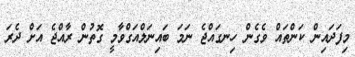
މިފަދައިން ކަންތައް ވެގެން ހިނގައްޖެ ނަމަ ބައިނަލްއަގްވާމީ ގޮތުން ރާއްޖެ އަށް ދެރަ